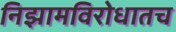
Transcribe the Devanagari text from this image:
निझामविरोधातच